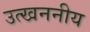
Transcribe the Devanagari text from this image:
उत्खननीय